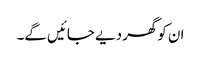
ان کوگھر دیے جائیں گے۔